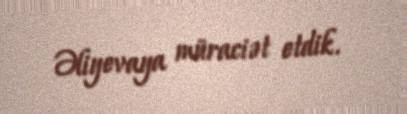
Əliyevaya müraciət etdik.